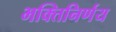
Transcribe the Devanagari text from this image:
भक्तिनिर्णय